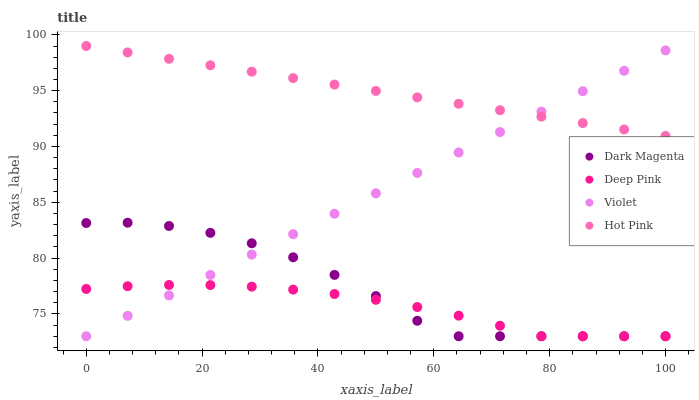
| xaxis_label | Dark Magenta | Deep Pink | Violet | Hot Pink |
 | --- | --- | --- | --- | --- |
 | 0 | 83.1 | 77.2 | 73 | 99 |
 | 7.14 | 83.2 | 77.5 | 74.8 | 98.4 |
 | 14.3 | 82.9 | 77.6 | 76.7 | 97.8 |
 | 21.4 | 82.3 | 77.6 | 78.5 | 97.3 |
 | 28.6 | 81.3 | 77.4 | 80.3 | 96.7 |
 | 35.7 | 80.1 | 77.2 | 82.1 | 96.1 |
 | 42.9 | 78.5 | 76.8 | 84 | 95.5 |
 | 50 | 76.6 | 76.3 | 85.8 | 95 |
 | 57.1 | 74.4 | 75.6 | 87.6 | 94.4 |
 | 64.3 | 73 | 74.8 | 89.5 | 93.8 |
 | 71.4 | 73 | 73.9 | 91.3 | 93.2 |
 | 78.6 | 73 | 73 | 93.1 | 92.7 |
 | 85.7 | 73 | 73 | 95 | 92.1 |
 | 92.9 | 73 | 73 | 96.8 | 91.5 |
 | 100 | 73 | 73 | 98.6 | 90.9 |